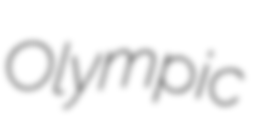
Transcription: Olympic